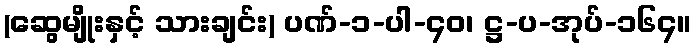
(ဆွေမျိုးနှင့် သားချင်း) ပဏ်-၁-ပါ-၄၀၊ ဋ္ဌ-ပ-အုပ်-၁၆၄။